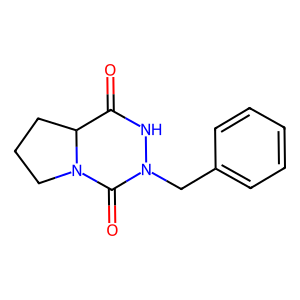
SMILES: O=C1NN(Cc2ccccc2)C(=O)N2CCCC12
Inhibits HIV replication: No